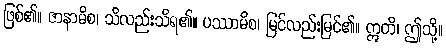
ဖြစ်၏။ ဇာနာမိစ၊ သိလည်းသိရ၏။ ပဿာမိစ၊ မြင်လည်းမြင်၏။ ဣတိ၊ ဤသို့။